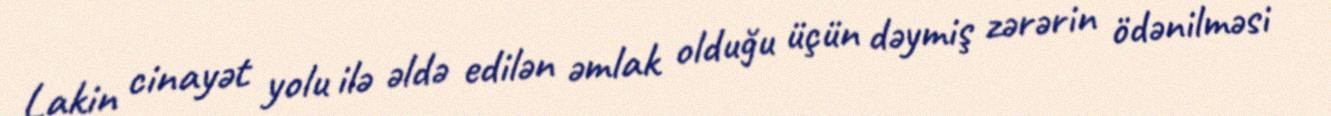
Lakin cinayət yolu ilə əldə edilən əmlak olduğu üçün dəymiş zərərin ödənilməsi